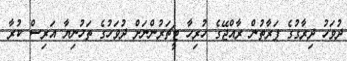
ދުވަހު ދިރާގުގެ ފަރާތުން ރާއްޖޭގެ ހުރިހާ ޓީޗަރުންނަށް ދުވަހުގެ ތަހުނިޔާ އަރިސް ކުރާ